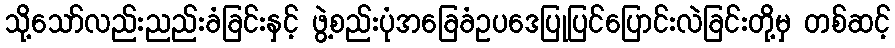
သို့သော်လည်းညည်းခံခြင်းနှင့် ဖွဲ့စည်းပုံအခြေခံဥပဒေပြုပြင်ပြောင်းလဲခြင်းတို့မှ တစ်ဆင့်